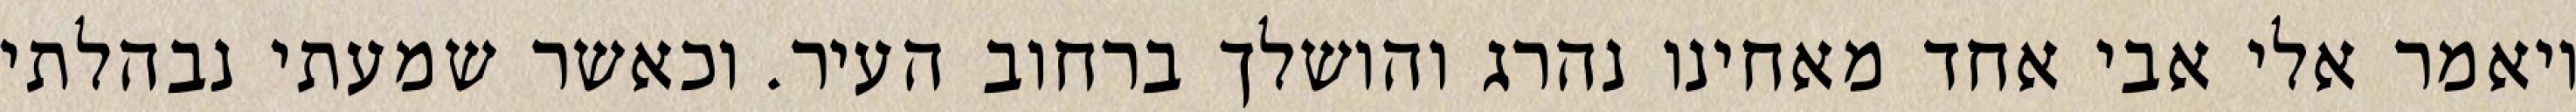
ויאמר אלי אבי אחד מאחינו נהרג והושלך ברחוב העיר. וכאשר שמעתי נבהלתי